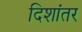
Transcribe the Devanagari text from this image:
दिशांतर